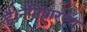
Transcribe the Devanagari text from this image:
है।नैमिषारण्य